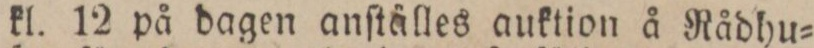
kl. 12 på dagen anſtälles auktion å Rådhu=